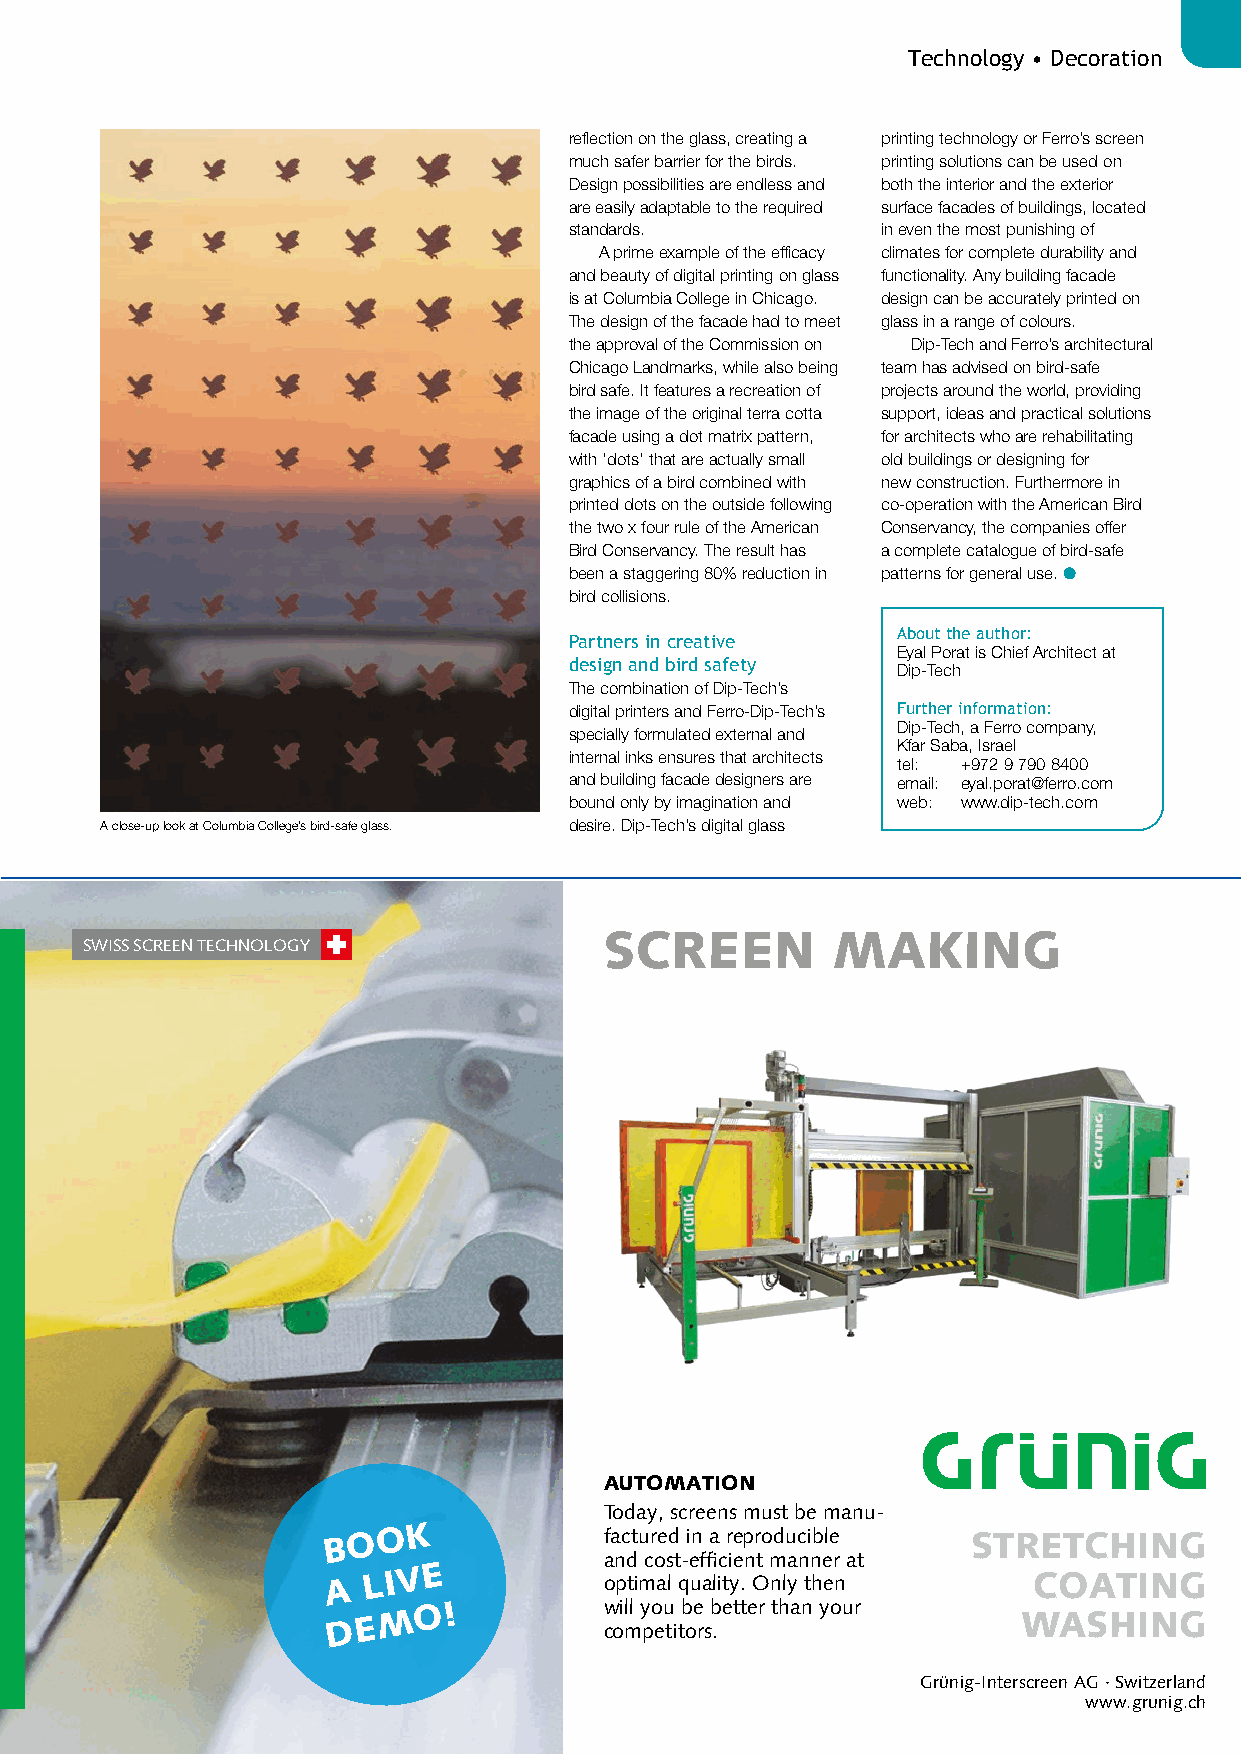
Technology • Decoration
 reflection on the glass, creating a printing technology or Ferro’s screen
 much safer barrier for the birds. printing solutions can be used on
 Design possibilities are endless and both the interior and the exterior
 are easily adaptable to the required surface facades of buildings, located
 standards.          in even the most punishing of
 A prime example of the efficacy climates for complete durability and
 and beauty of digital printing on glass functionality. Any building facade
 is at Columbia College in Chicago. design can be accurately printed on
 The design of the facade had to meet glass in a range of colours.
 the approval of the Commission on Dip-Tech and Ferro’s architectural
 Chicago Landmarks, while also being team has advised on bird-safe
 bird safe. It features a recreation of projects around the world, providing
 the image of the original terra cotta support, ideas and practical solutions
 facade using a dot matrix pattern, for architects who are rehabilitating
 with ‘dots’ that are actually small old buildings or designing for
 graphics of a bird combined with new construction. Furthermore in
 printed dots on the outside following co-operation with the American Bird
 the two x four rule of the American Conservancy, the companies offer
 Bird Conservancy. The result has a complete catalogue of bird-safe
 been a staggering 80% reduction in patterns for general use. l
 bird collisions.
 About the author:
 Partners in creative
 Eyal Porat is Chief Architect at
 design and bird safety
 Dip-Tech
 The combination of Dip-Tech’s
 digital printers and Ferro-Dip-Tech’s Further information:
 Dip-Tech, a Ferro company,
 specially formulated external and
 Kfar Saba, Israel
 internal inks ensures that architects
 tel: +972 9 790 8400
 and building facade designers are email: eyal.porat@ferro.com
 bound only by imagination and web: www.dip-tech.com
 A close-up look at Columbia College’s bird-safe glass. desire. Dip-Tech’s digital glass
 SCREEN         MAKING
 SWISS SCREEN TECHNOLOGY
 AUTOMATION
 Today, screens must be manu-
 B O O K           factured in a reproducible STRETCHING
 and cost-efficient manner at
 A L I V E         optimal quality. Only then  COATING
 D E M O !         w coil ml y po eu ti tb oe rs b .etter than your WASHING
 Grünig-Interscreen AG · Switzerland
 www.grunig.ch
 005555 IInnsseerraatt ««GGrruün̈niigg 22002211»» AA55..iinndddd 22        1133..1111..2200 1199::4499